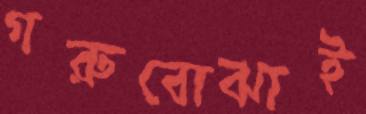
গরুবোঝাই